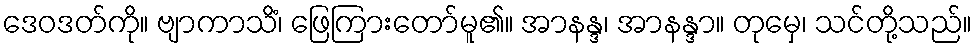
ဒေဝဒတ်ကို။ ဗျာကာသိံ၊ ဖြေကြားတော်မူ၏။ အာနန္ဒ၊ အာနန္ဒာ။ တုမှေ၊ သင်တို့သည်။